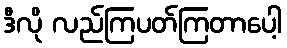
ဒီလို လည်ကြပတ်ကြတာပေါ့